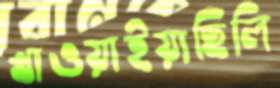
খাওয়াইয়াছিলি